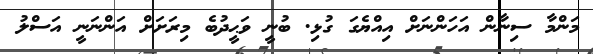
މަންމާ ސިނާން އަހަންނަށް އިއްޔެގަ ގުޅި. ބުނީ ވަޙީދުބެ މިރަށަށް އަންނަނީ އަސްލު